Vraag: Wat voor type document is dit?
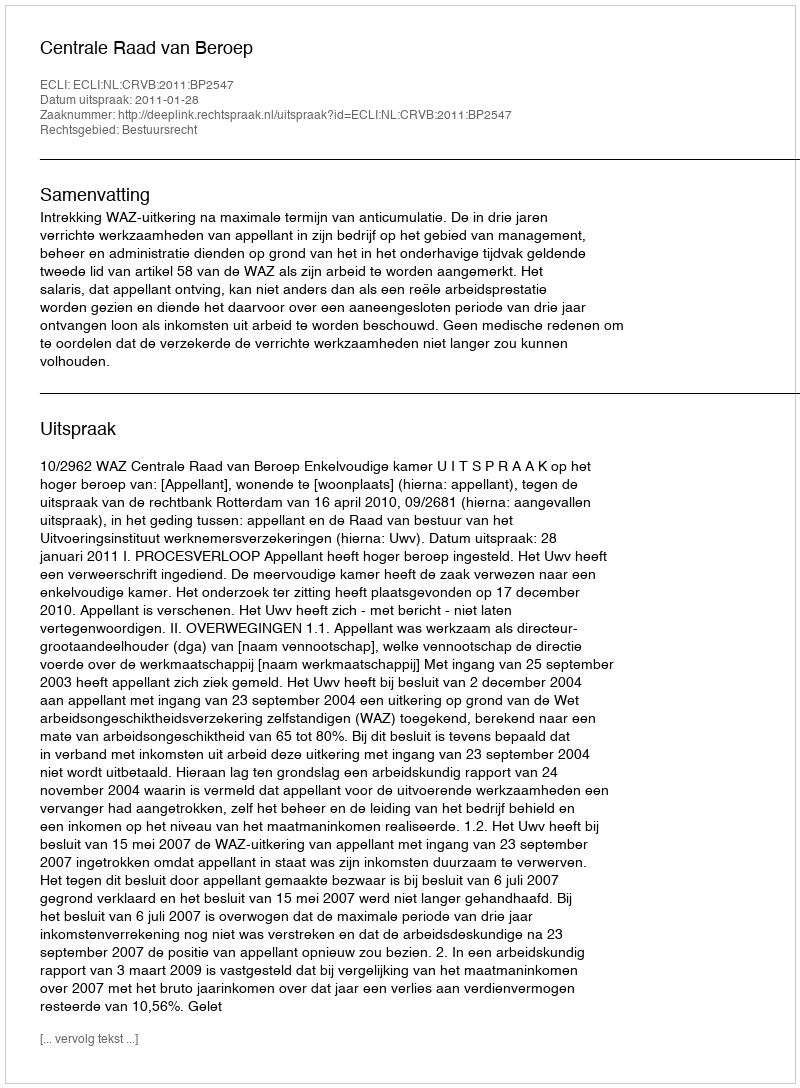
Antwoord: Uitspraak